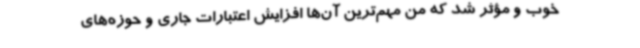
خوب و مؤثر شد که من مهم‌ترین آن‌ها افزایش اعتبارات جاری و حوزه‌های